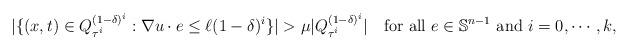
LaTeX: \begin{align*} |\{(x,t)\in Q^{(1-\delta)^i}_{\tau^i}: \nabla u\cdot e\le \ell (1-\delta)^i\}|> \mu |Q^{(1-\delta)^i}_{\tau^i}| \quad\mbox{for all }e\in\mathbb S^{n-1}\mbox{ and }i=0,\cdots, k,\end{align*}